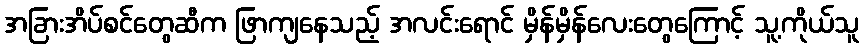
အခြားအိပ်စင်တွေဆီက ဖြာကျနေသည့် အလင်းရောင် မှိန်မှိန်လေးတွေကြောင့် သူ့ကိုယ်သူ